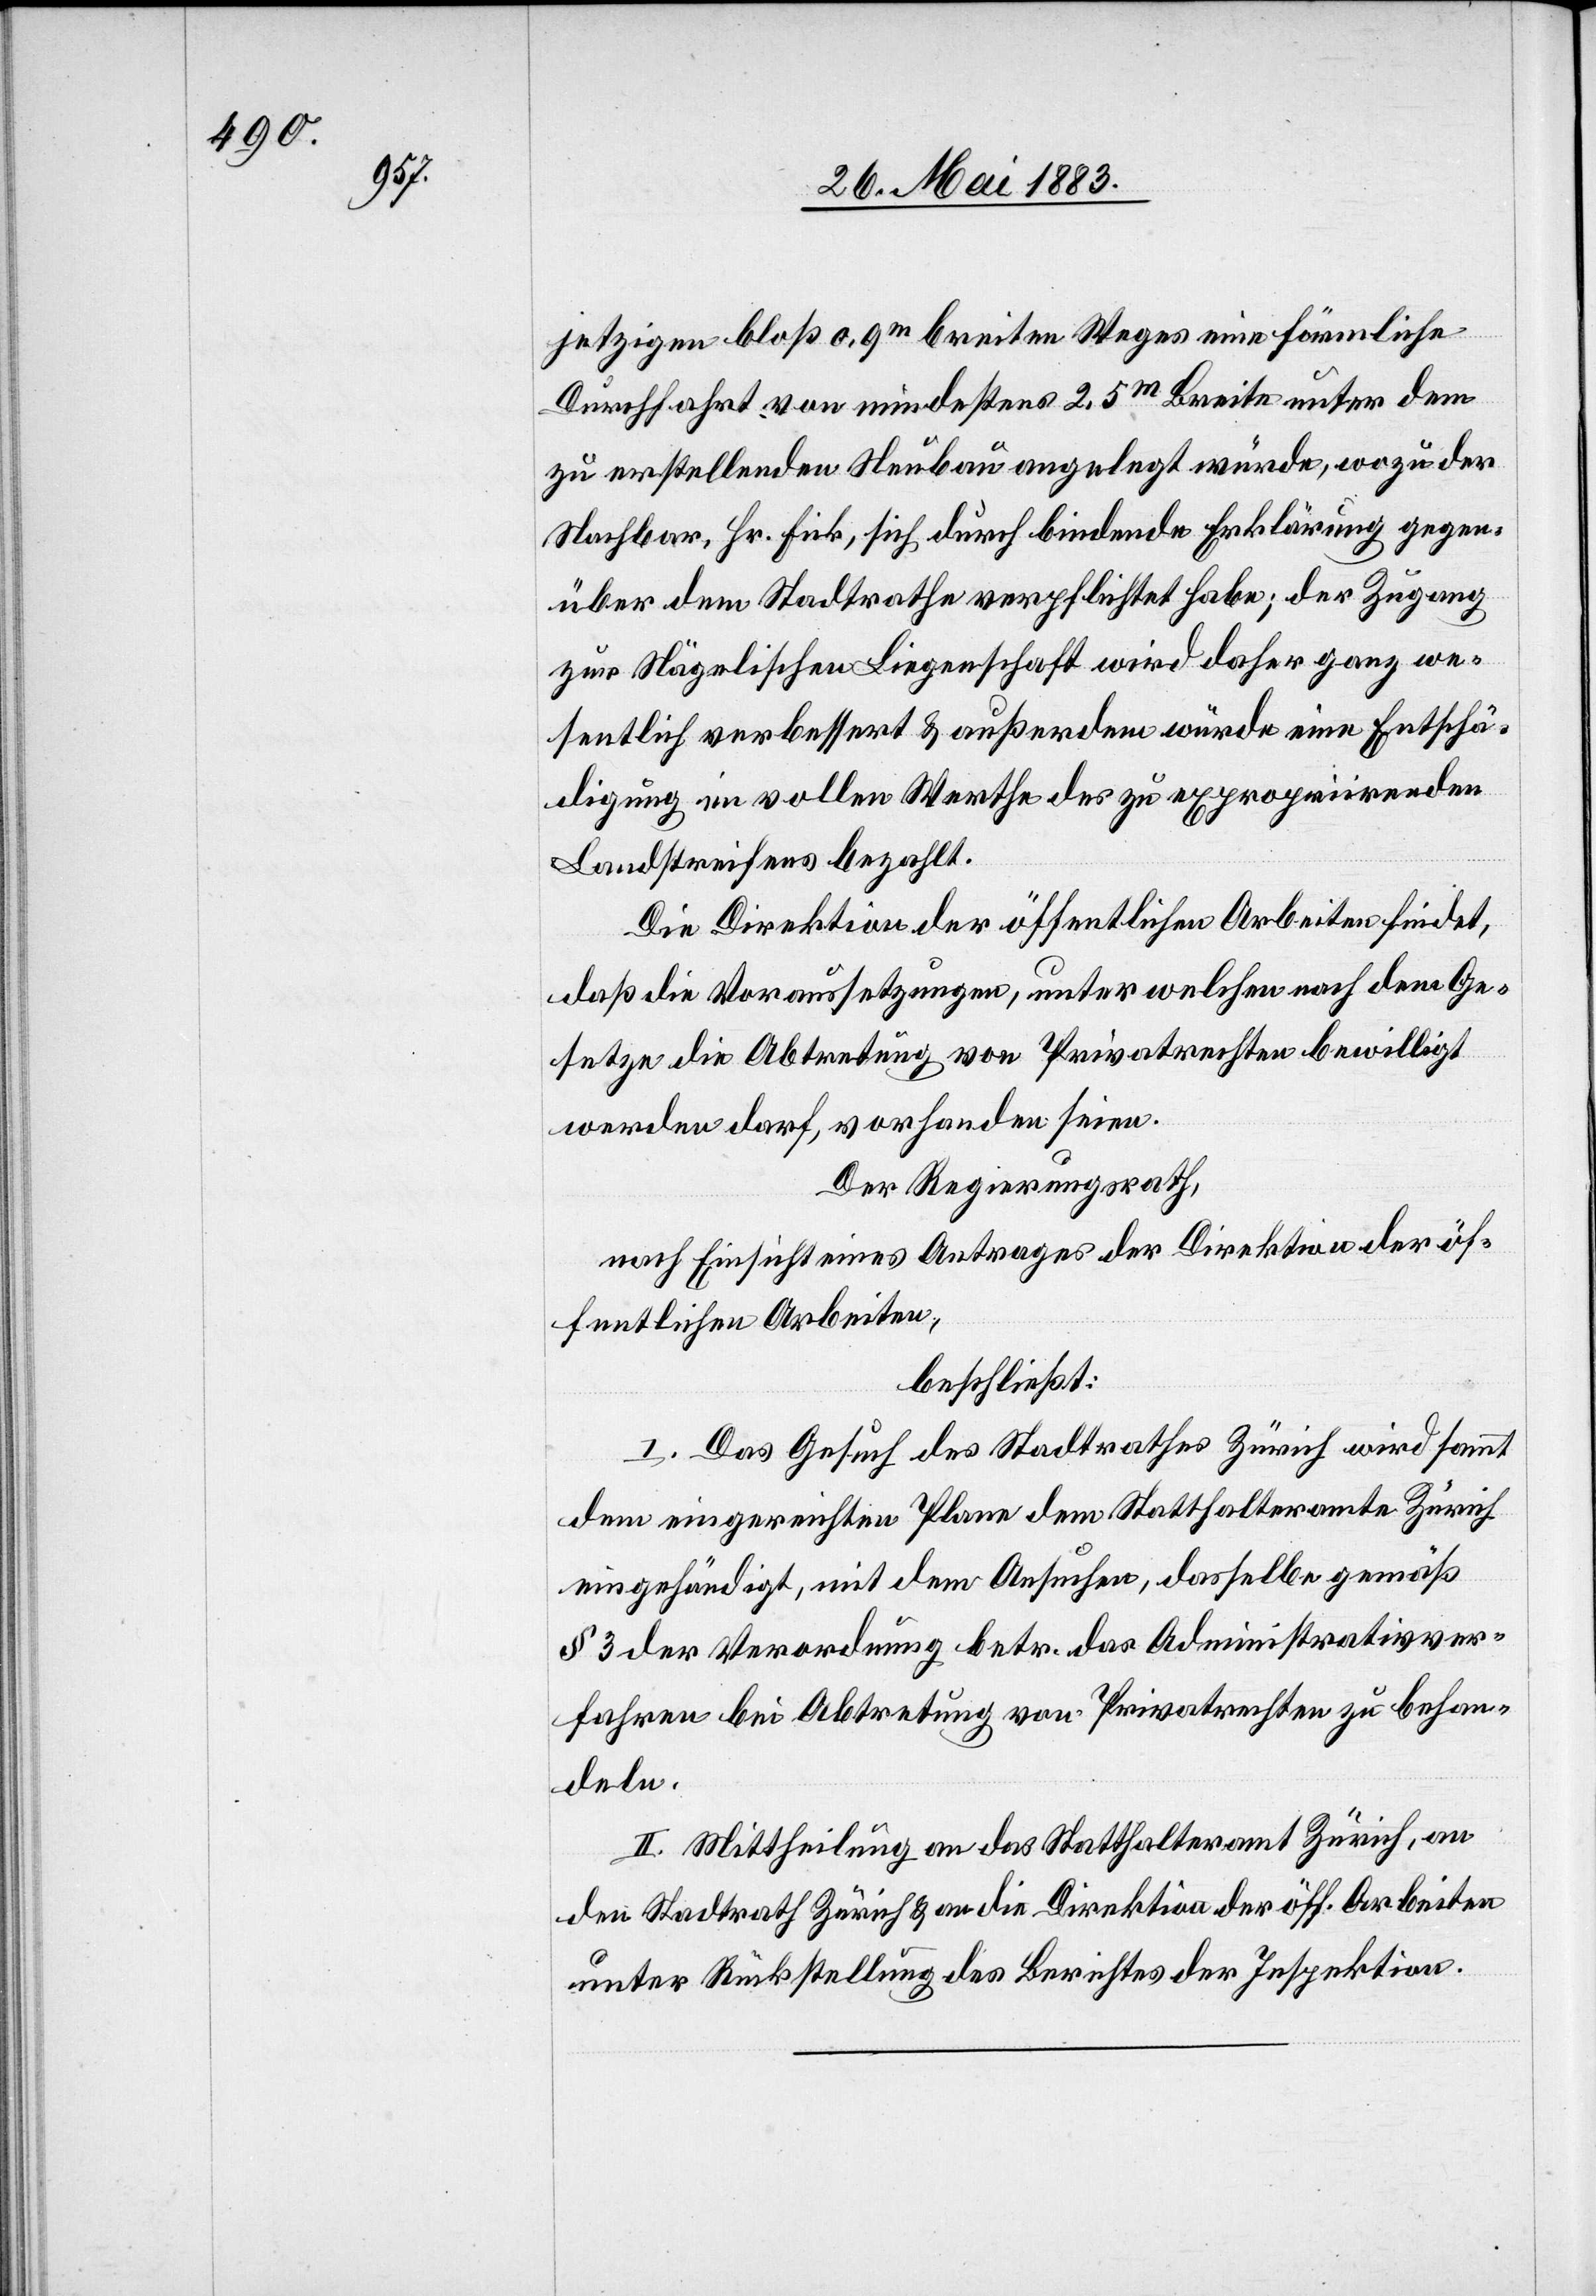
jetzigen bloß 0,9m breiten Weges eine förmliche
Durchfahrt von mindestens 2.5m Breite unter dem
zu erstellenden Neubau angelegt würde, wozu der
Nachbar, Hr. Frick, sich durch bindende Erklärung gegen¬
über dem Stadtrathe verpflichtet habe; der Zugang
zur Nägelischen Liegenschaft wird daher ganz we¬
sentlich verbessert & außerdem würde eine Entschä¬
digung im vollen Werthe des zu expropriirenden
Landstreifens bezahlt.
Die Direktion der öffentlichen Arbeiten findet,
daß die Voraussetzungen, unter welchen nach dem Ge¬
setze die Abtretung von Privatrechten bewilligt
werden darf, vorhanden seien.
Der Regierungsrath,
nach Einsicht eines Antrages der Direktion der öf¬
fentlichen Arbeiten,
beschließt:
I. Das Gesuch des Stadtrathes Zürich wird sammt
dem eingereichten Plane dem Statthalteramte Zürich
eingehändigt, mit dem Ansuchen, dasselbe gemäß
§ 3 der Verordnung betr. das Administrativver¬
fahren bei Abtretung von Privatrechten zu behan¬
deln.
II. Mittheilung an das Statthalteramt Zürich, an
den Stadtrath Zürich & an die Direktion der öffentlichen
unter Rückstellung des Berichtes der Inspektion.